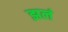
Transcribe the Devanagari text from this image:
झलं